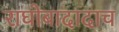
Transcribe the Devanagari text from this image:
राघोबादादाच